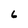
Character: 6